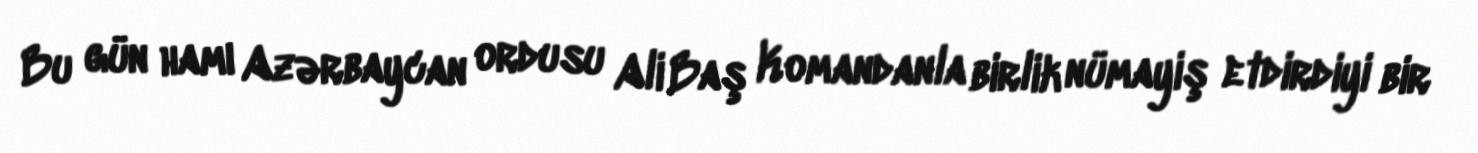
Bu gün hamı Azərbaycan ordusu Ali Baş Komandanla birlik nümayiş etdirdiyi bir